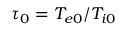
\tau _ { 0 } = T _ { e 0 } / T _ { i 0 }